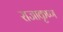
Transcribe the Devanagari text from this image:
राजाकृष्ण